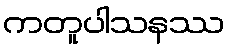
ကတူပါသနဿ